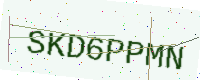
Text: SKD6PPMN